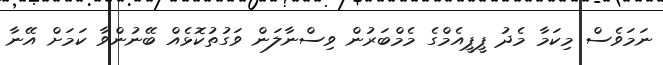
ނަމަވެސް މިކަމާ މެދު ޕީޕީއެމްގެ މެމްބަރުން ވިސްނާލަން ވަގުތުކޮޅެއް ބޭނުންވާ ކަމަށް އޭނާ